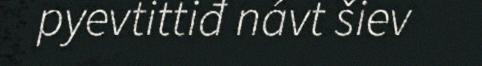
pyevtittiđ návt šiev